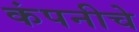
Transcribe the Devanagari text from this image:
कंपनीचेे